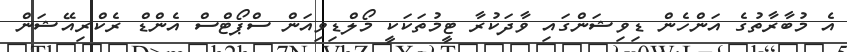
އެ މުބާރާތުގެ އަންހެން ޑިވިޝަންގައި ވާދަކުރާ ޓީމުތަކަކީ މޯލްޑިވިއަން ސްޕޯޓްސް އެންޑް ރެކްރިއޭޝަން